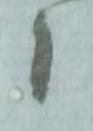
候